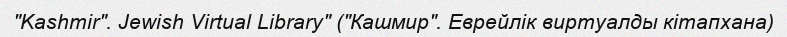
"Kashmir". Jewish Virtual Library" ("Кашмир". Еврейлік виртуалды кітапхана)